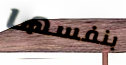
بنفسها